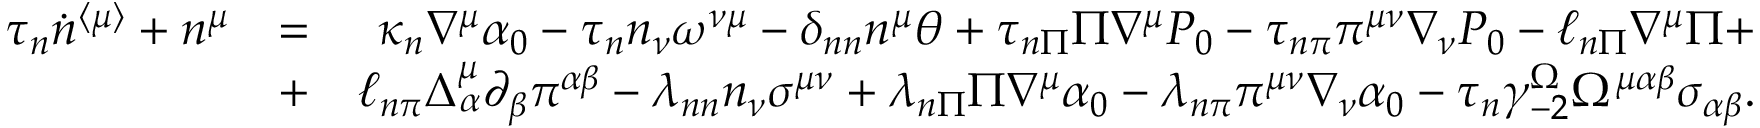
\begin{array} { r l r } { \tau _ { n } \dot { n } ^ { \langle \mu \rangle } + n ^ { \mu } } & { = } & { \kappa _ { n } \nabla ^ { \mu } \alpha _ { 0 } - \tau _ { n } n _ { \nu } \omega ^ { \nu \mu } - \delta _ { n n } n ^ { \mu } \theta + \tau _ { n \Pi } \Pi \nabla ^ { \mu } P _ { 0 } - \tau _ { n \pi } \pi ^ { \mu \nu } \nabla _ { \nu } P _ { 0 } - \ell _ { n \Pi } \nabla ^ { \mu } \Pi + } \\ & { + } & { \ell _ { n \pi } \Delta _ { \alpha } ^ { \mu } \partial _ { \beta } \pi ^ { \alpha \beta } - \lambda _ { n n } n _ { \nu } \sigma ^ { \mu \nu } + \lambda _ { n \Pi } \Pi \nabla ^ { \mu } \alpha _ { 0 } - \lambda _ { n \pi } \pi ^ { \mu \nu } \nabla _ { \nu } \alpha _ { 0 } - \tau _ { n } \gamma _ { - 2 } ^ { \Omega } \Omega ^ { \mu \alpha \beta } \sigma _ { \alpha \beta } . } \end{array}